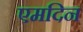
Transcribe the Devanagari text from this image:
एमदिन